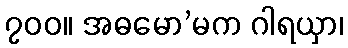
၇၀၀။ အဓမော’မက ဂါရယှာ၊